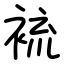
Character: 裗